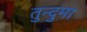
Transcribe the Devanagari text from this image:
तुन्दुमा